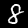
Label: 8